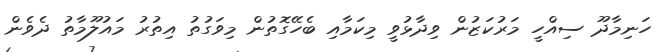
ހަނިމާދޫ ސިއްހީ މަރުކަޒުން ވިދާޅުވީ މިކަމާއި ބެހޭގޮތުން މިވަގުތު އިތުރު މައުލޫމާތު ދެވެން